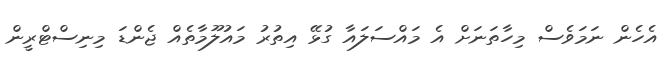
އެހެން ނަމަވެސް މިހާތަނަށް އެ މައްސަލައާ ގުޅޭ އިތުރު މައުލޫމާތެއް ޖެންޑަ މިނިސްޓްރީން